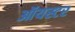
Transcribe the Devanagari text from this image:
ऑयस्टर